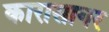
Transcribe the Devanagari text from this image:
कारासागर